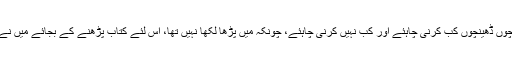
دولتی کب مارنی چاہئے، ڈھینچوں ڈھینچوں کب کرنی چاہئے اور کب نہیں کرنی چاہئے، چونکہ میں پڑھا لکھا نہیں تھا، اس لئے کتاب پڑھنے کے بجائے میں نے کتاب کھانے کا فیصلہ کر لیا۔